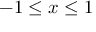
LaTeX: - 1 \leq x \leq 1